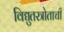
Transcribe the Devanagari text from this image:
विद्युतस्त्रोताची